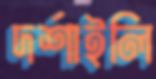
দর্শাইলি